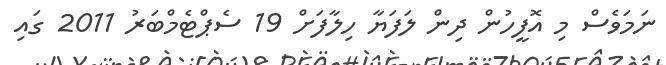
ނަމަވެސް މި އޮފީހުން ދިން ލަފަޔާ ހިލާފަށް 19 ސެޕްޓެމްބަރު 2011 ގައި